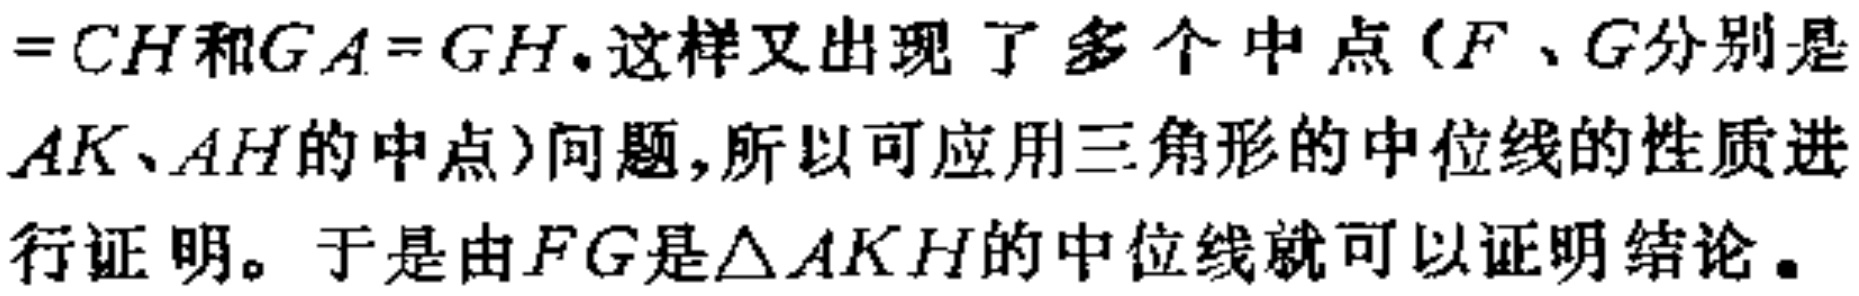
$=CH和GA = GH。这样又出现了多个中点（F、G分别是\\AK、AH的中点）问题,所以可应用三角形的中位线的性质进\\行证明。于是由FG是\triangle AKH的中位线就可以证明结论。$